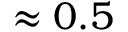
\approx 0 . 5